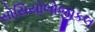
સોસિયોલોજીકલ